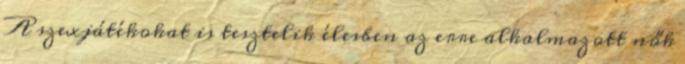
A szexjátékokat is tesztelik élesben az erre alkalmazott nők